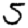
Digit: 5